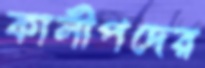
কালীপদের